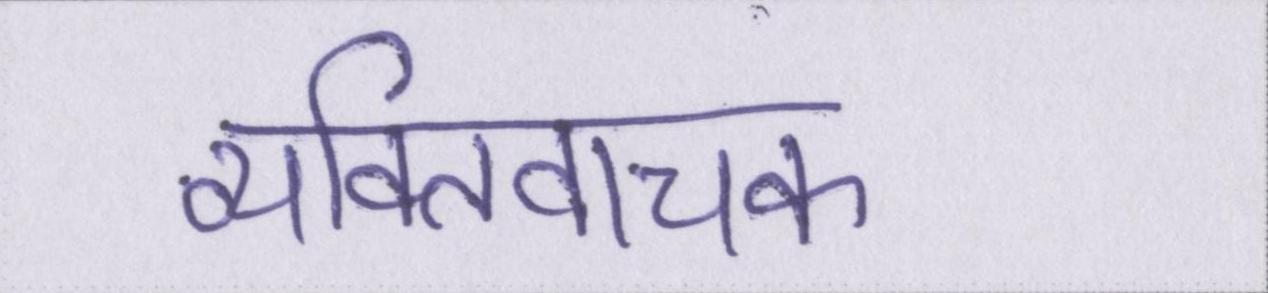
व्यक्तिवाचक